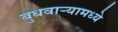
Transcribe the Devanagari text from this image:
बुधवार्‍यामध्ये